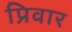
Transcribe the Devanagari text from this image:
प्रिवार